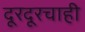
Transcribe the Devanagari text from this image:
दूरदूरचाही